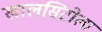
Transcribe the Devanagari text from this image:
खालसिटोला